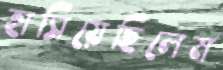
হাসিয়েছিলেম